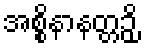
အစ္စိနာနတ္တဉှိ